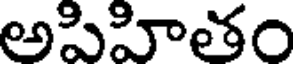
అపిహితం